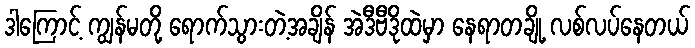
ဒါကြောင့် ကျွန်မတို့ ရောက်သွားတဲ့အချိန် အဲဒီဗီဒိုထဲမှာ နေရာတချို့ လစ်လပ်နေတယ်